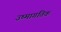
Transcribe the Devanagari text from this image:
उष्मागतिक